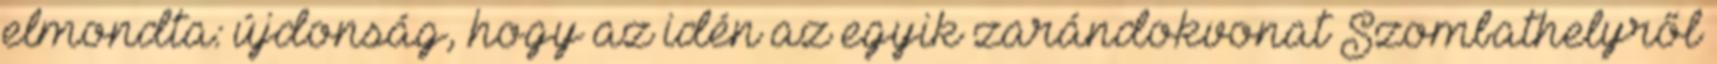
elmondta: újdonság, hogy az idén az egyik zarándokvonat Szombathelyről